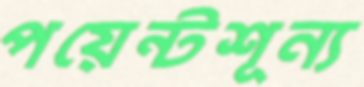
পয়েন্টশূন্য